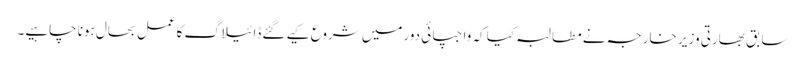
سابق بھارتی وزیر خارجہ نے مطالبہ کیا کہ واجپائی دورمیں شروع کیے گئےڈائیلاگ کاعمل بحال ہونا چاہیے۔